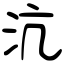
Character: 沆